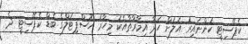
ކެޕޭސިޓީ ހުންނައިރު އަލަށް ހަދާ އިމާރާތާއެކު މިހާރު ހޮސްޕިޓަލްގެ ބެޑް ކެޕޭސިޓީ ދެ